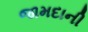
જામદાની